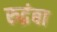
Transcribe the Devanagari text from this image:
रुद्रंबा